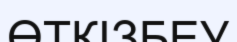
ӨТКІЗБЕУ